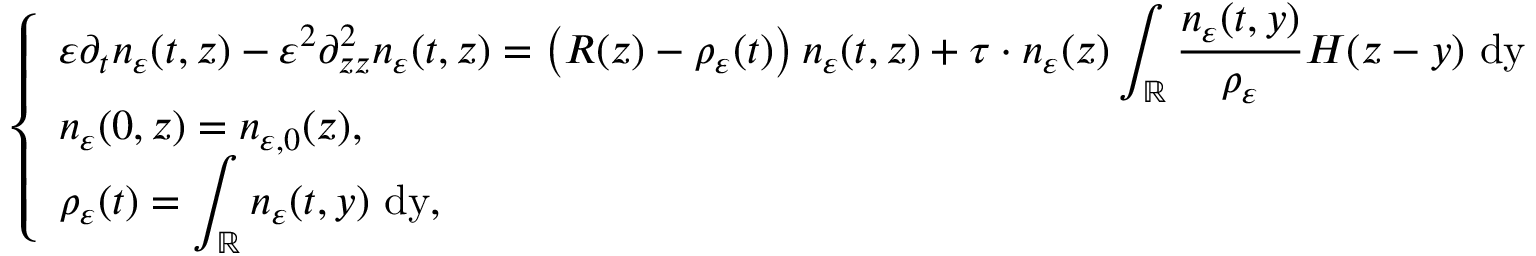
\left\{ \begin{array} { l l } { \varepsilon \partial _ { t } n _ { \varepsilon } ( t , z ) - \varepsilon ^ { 2 } \partial _ { z z } ^ { 2 } n _ { \varepsilon } ( t , z ) = \left( R ( z ) - \rho _ { \varepsilon } ( t ) \right) n _ { \varepsilon } ( t , z ) + \tau \cdot n _ { \varepsilon } ( z ) \displaystyle \int _ { \mathbb { R } } \frac { n _ { \varepsilon } ( t , y ) } { \rho _ { \varepsilon } } H ( z - y ) \ \mathrm { d y } } \\ { n _ { \varepsilon } ( 0 , z ) = n _ { \varepsilon , 0 } ( z ) , } \\ { \rho _ { \varepsilon } ( t ) = \displaystyle \int _ { \mathbb { R } } n _ { \varepsilon } ( t , y ) \ \mathrm { d y } , } \end{array} \right.